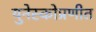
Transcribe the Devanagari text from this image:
युनेस्कोप्रणीत